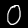
Label: 0